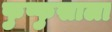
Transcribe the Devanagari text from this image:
फुप्फुसाला